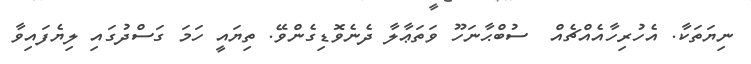
ނިޔަތަކާ. އެހުރިހާއެއްޗެއް  ސުބްޙާނަހޫ ވަތަޢާލާ ދެނެވޮޑިގެންވޭ. ތިޔައީ ހަމަ ގަސްދުގައި ލިޔެފައިވާ